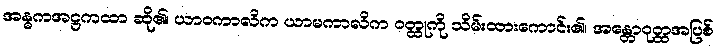
အန္ဓကအဋ္ဌကထာ ဆို၏၊ ယာဝကာလိက ယာမကာလိက ဝတ္ထုကို သိမ်းထားကောင်း၏၊ အန္တောဝုတ္ထအပြစ်